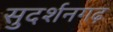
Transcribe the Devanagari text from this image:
सुदर्शनगढ़